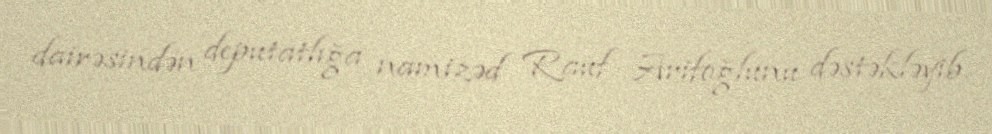
dairəsindən deputatlığa namizəd Rauf Arifoğlunu dəstəkləyib.